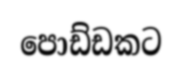
පොඩ්ඩකට